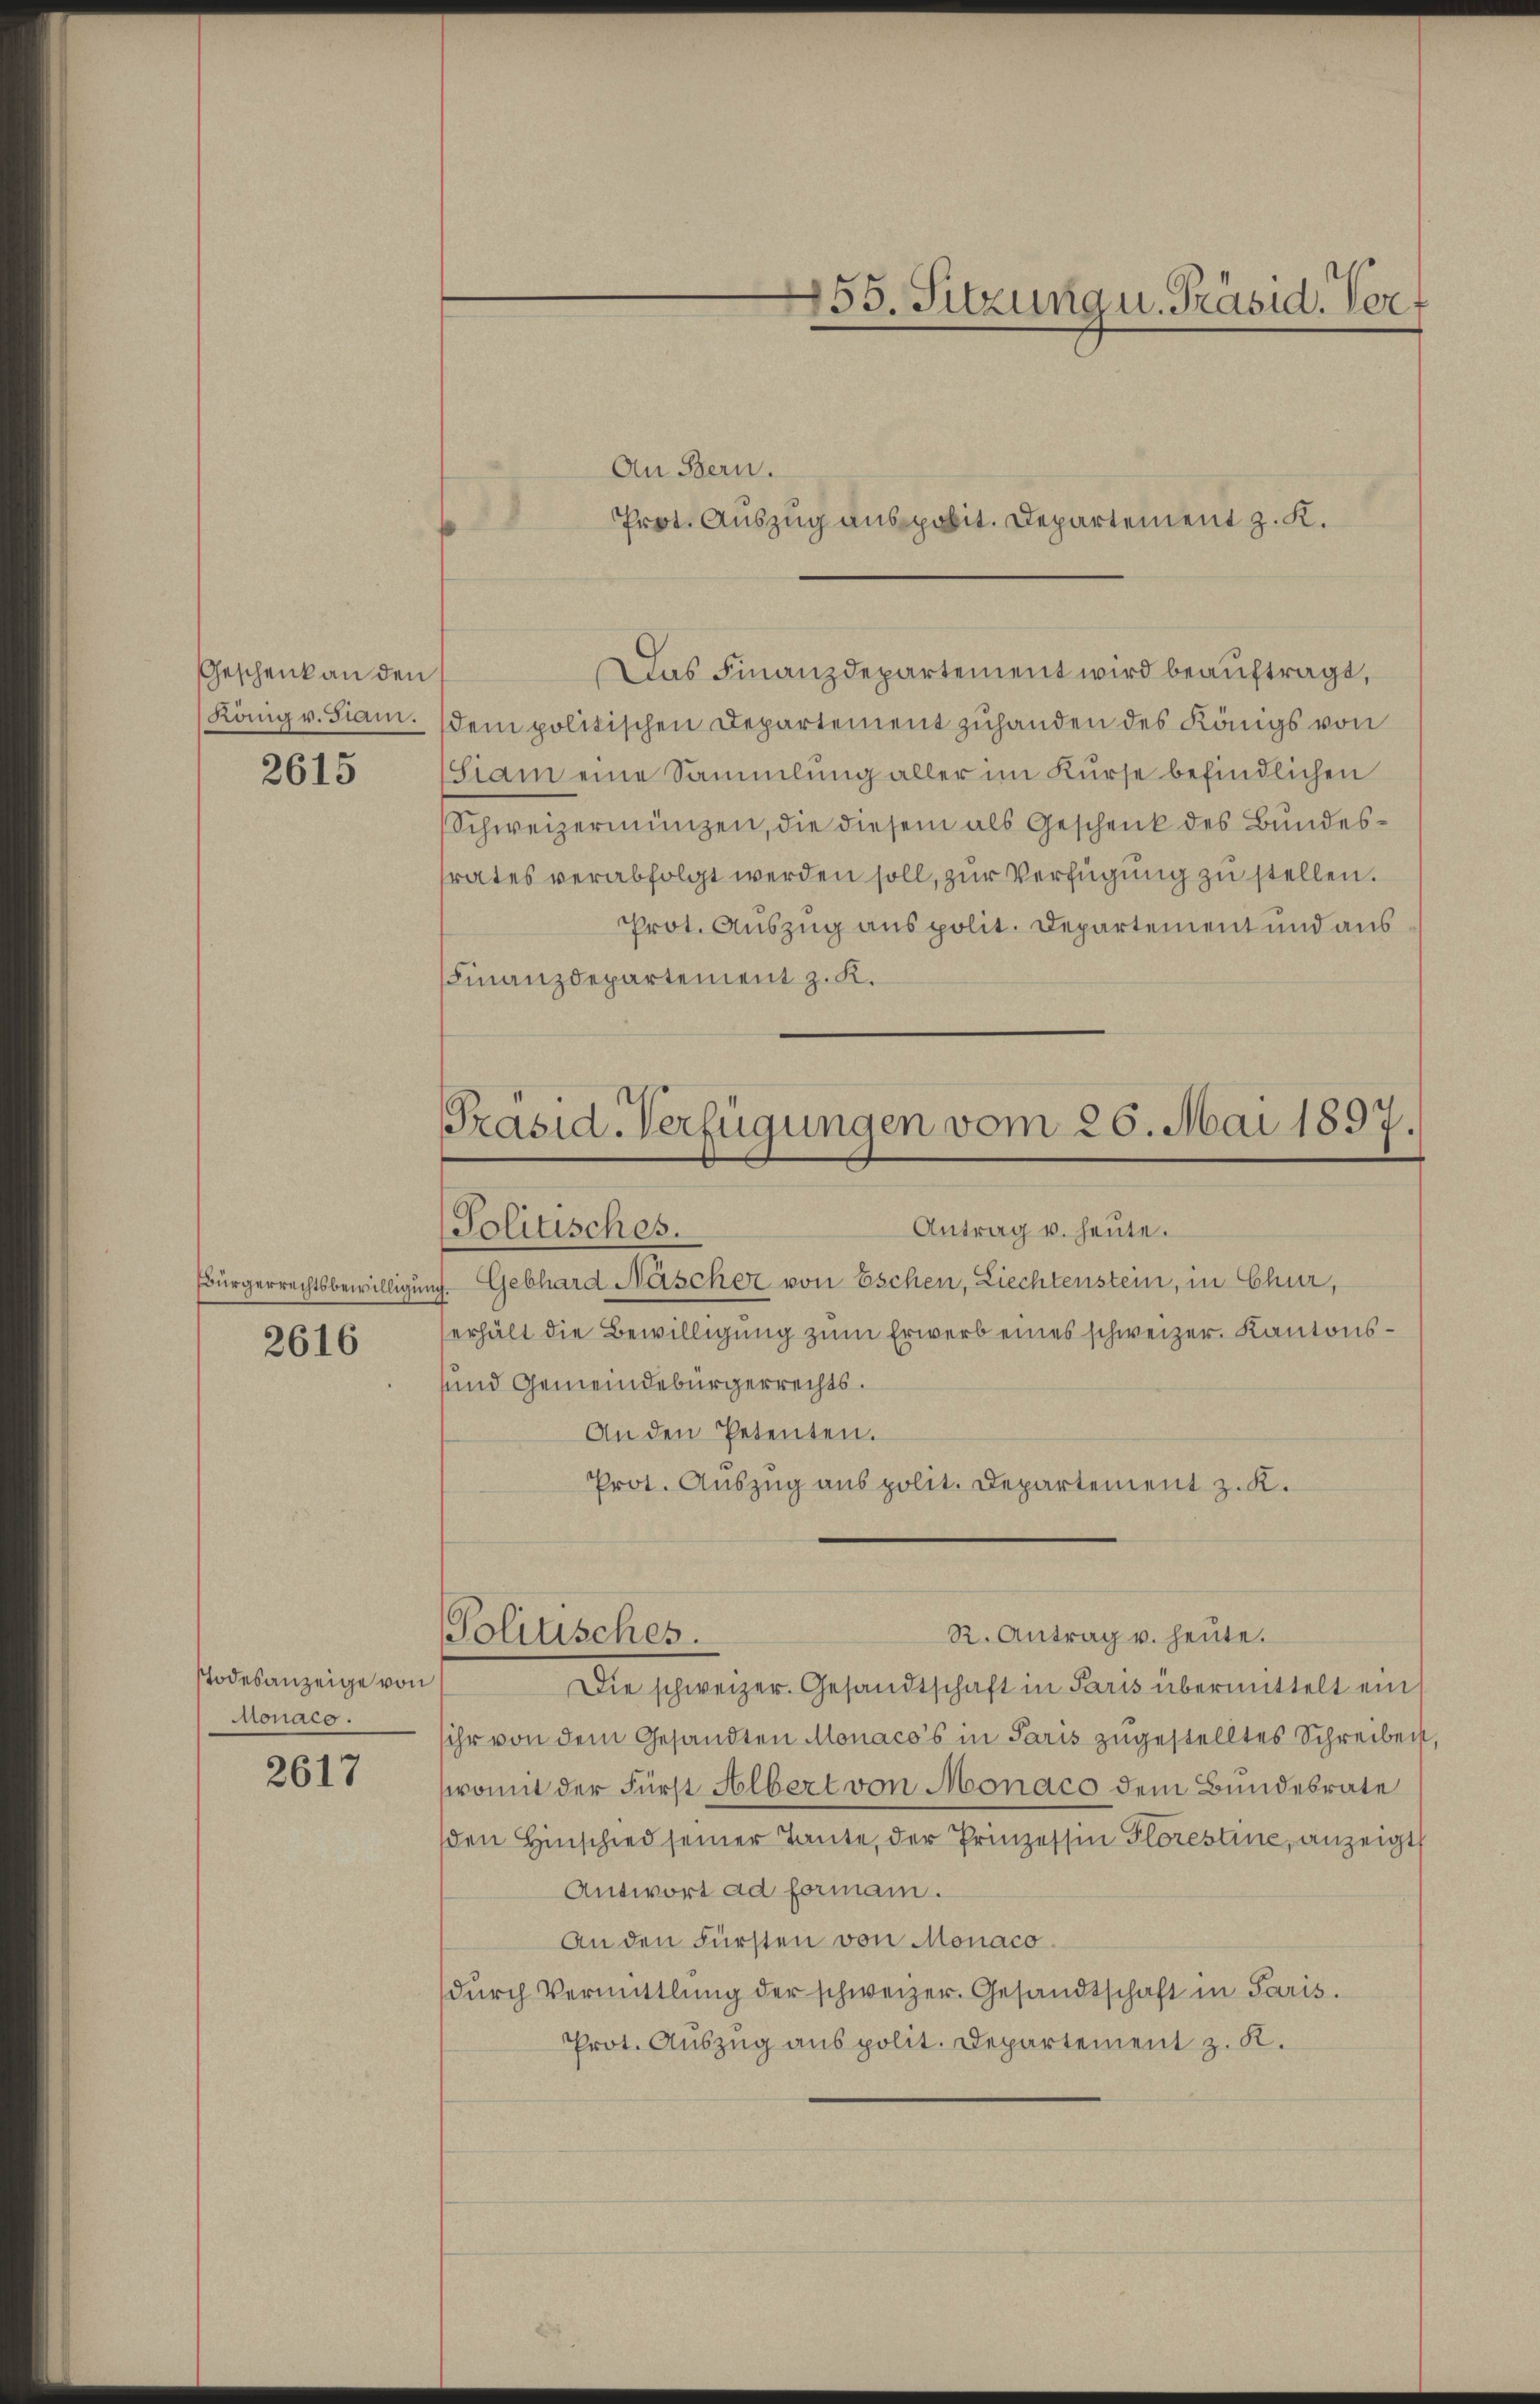
Geschenk an den

2615

2616

Todesanzeige von
monaco.

2617

155. Sitzung u. Präsid. Vorf

An Bern.
Das Finanzdepartement wird beauftragt,
König v. Siam. dem politischen Departement zuhanden des Königs von
Siam eine Sammlung aller im Kurse befindlichen
Schweizermünzen, die diesem als Geschenk des Bundesrates verabfolgt werden soll, zur Verfügung zu stellen.
Prot. Auszug aus polit. Departement und aus
Finanzdepartement z. K.

Präsid-Verfügungen vom 26. Mai 1897.
Antrag u. heute.
Politisches.

Bürgerrechtsbewilligung. Gebhard Näscher von Eschen, Liechtenstein, in Chur,
erhält die Bewilligung zum Erwerb eines schweizer. Kantons¬
und Gemeindebürgerrechts.
An den Petenten.
Prot. Auszug aus polit. Departement z. K.

Politisches.

Prot. Auszug anspolit. Departement z. K.

R. Antrag v. heute.
Die schweizer. Gesandtschaft in Paris übermittelt ein
ihr von dem Gesandten Monaco’s in Paris zugestelltes Schreibeist,
somit der Fürst Albert von Monaco dem Bundesrate
den Hinschied seiner Tante, der Prinzessin Florestine, anzeigt
Antwort ad forman.
An den Fürsten von Monacodŭrch Vermittlung der schweizer. Gesandtschaft in Paris.
Prot. Auszug aus polit. Departement z. K.